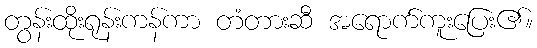
တွန်းထိုးရုန်းကန်ကာ တံတားဆီ အရောက်ကူးပြေး၏။